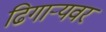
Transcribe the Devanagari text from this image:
ढिगार्‍यवर